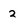
Character: 2